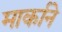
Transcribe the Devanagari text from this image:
मार्काने